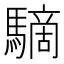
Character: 䮰